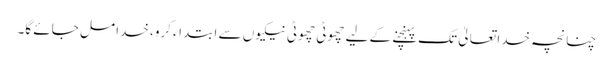
چنانچہ خدا تعالیٰ تک پہنچنے کے لیے چھوٹی چھوٹی نیکیوں سے ابتداء کرو، خدا مل جائے گا۔